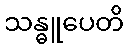
သန္ဓူပေတိ